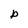
Character: b